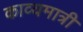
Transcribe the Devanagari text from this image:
काव्यमात्री